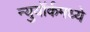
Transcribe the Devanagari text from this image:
न्युयॉर्कमध्ये